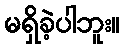
မရှိခဲ့ပါဘူး။